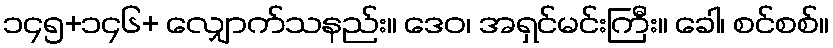
၁၄၅+၁၄၆+ လျှောက်သနည်း။ ဒေဝ၊ အရှင်မင်းကြီး။ ခေါ၊ စင်စစ်။